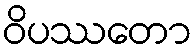
ဝိပဿတော